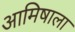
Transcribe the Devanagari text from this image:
आमिषाला